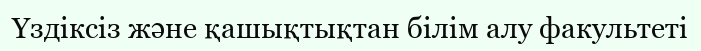
Үздіксіз және қашықтықтан білім алу факультеті